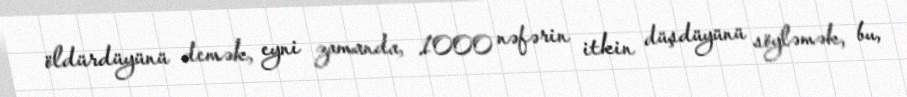
öldürdüyünü demək, eyni zamanda, 1000 nəfərin itkin düşdüyünü söyləmək, bu,